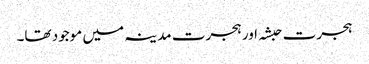
ہجرت حبشہ اور ہجرت مدینہ میں موجود تھا۔